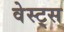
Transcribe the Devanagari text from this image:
वेस्ट्स